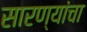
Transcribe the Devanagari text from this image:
सारण्यांचा